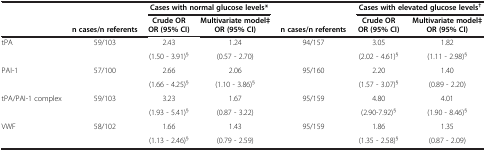
<table><thead><tr><td colspan="2"><b> </b></td><td colspan="2"><b>Cases with normal glucose levels*</b></td><td><b> </b></td><td colspan="2"><b>Cases with elevated glucose levels<sup>†</sup></b></td></tr><tr><td colspan="2"><b> </b></td><td><b>Crude OR</b></td><td><b>Multivariate model‡</b></td><td><b> </b></td><td><b>Crude OR</b></td><td><b>Multivariate model‡</b></td></tr><tr><td><b> </b></td><td><b>n cases/n referents</b></td><td><b>OR (95% CI)</b></td><td><b>OR (95% CI)</b></td><td><b>n cases/n referents</b></td><td><b>OR (95% CI)</b></td><td><b>OR (95% CI)</b></td></tr></thead><tbody><tr><td rowspan="2">tPA</td><td rowspan="2">59/103</td><td>2.43</td><td>1.24</td><td>94/157</td><td>3.05</td><td>1.82</td></tr><tr><td>(1.50 - 3.91)<sup>§</sup></td><td>(0.57 - 2.70)</td><td> </td><td>(2.02 - 4.61)<sup>§</sup></td><td>(1.11 - 2.98)<sup>§</sup></td></tr><tr><td rowspan="2">PAI-1</td><td rowspan="2">57/100</td><td>2.66</td><td>2.06</td><td>95/160</td><td>2.20</td><td>1.40</td></tr><tr><td>(1.66 - 4.25)<sup>§</sup></td><td>(1.10 - 3.86)<sup>§</sup></td><td> </td><td>(1.57 - 3.07)<sup>§</sup></td><td>(0.89 - 2.20)</td></tr><tr><td rowspan="2">tPA/PAI-1 complex</td><td rowspan="2">59/103</td><td>3.23</td><td>1.67</td><td>95/159</td><td>4.80</td><td>4.01</td></tr><tr><td>(1.93 - 5.41)<sup>§</sup></td><td>(0.87 - 3.22)</td><td> </td><td>(2.90-7.92)<sup>§</sup></td><td>(1.90 - 8.46)<sup>§</sup></td></tr><tr><td>VWF</td><td>58/102</td><td>1.66</td><td>1.43</td><td>95/159</td><td>1.86</td><td>1.35</td></tr><tr><td> </td><td> </td><td>(1.13 - 2.46)<sup>§</sup></td><td>(0.79 - 2.59)</td><td> </td><td>(1.35 - 2.58)<sup>§</sup></td><td>(0.87 - 2.09)</td></tr></tbody></table>